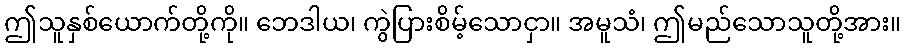
ဤသူနှစ်ယောက်တို့ကို။ ဘေဒါယ၊ ကွဲပြားစိမ့်သောငှာ။ အမူသံ၊ ဤမည်သောသူတို့အား။